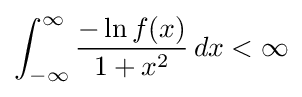
\int _{-\infty }^{\infty }{\frac {-\ln f(x)}{1+x^{2}}}\,dx<\infty